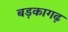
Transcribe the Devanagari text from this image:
बड़कागढ़